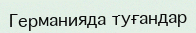
Германияда туғандар